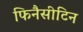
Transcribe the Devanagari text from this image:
फिनैसीटिन